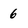
Character: 6